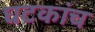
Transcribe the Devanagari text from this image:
घटकांच